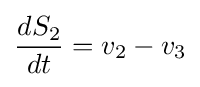
{\frac {dS_{2}}{dt}}=v_{2}-v_{3}